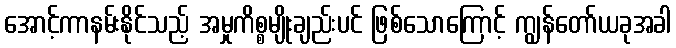
အောင့်ကာနမ်းနိုင်သည့် အမှုကိစ္စမျိုးချည်းပင် ဖြစ်သောကြောင့် ကျွန်တော်ယခုအခါ